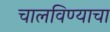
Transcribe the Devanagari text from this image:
चालविण्‍याचा